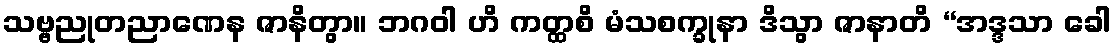
သဗ္ဗညုတညာဏေန ဇာနိတွာ။ ဘဂဝါ ဟိ ကတ္ထစိ မံသစက္ခုနာ ဒိသွာ ဇာနာတိ “အဒ္ဒသာ ခေါ